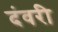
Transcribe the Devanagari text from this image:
दंवरी